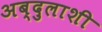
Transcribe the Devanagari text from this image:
अब्दुलाशी